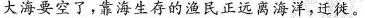
大海要空了，靠海生存的渔民正远离海洋，迁徙。